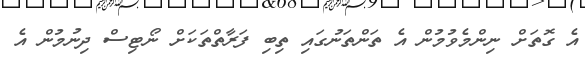
އެ ގޮތަށް ނިންމެވުމުން އެ ތަންތަނުގައި ތިބި ފަރާތްތަކަށް ނޯޓިސް ދިނުމުން އެ